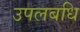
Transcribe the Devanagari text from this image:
उपलबधि